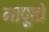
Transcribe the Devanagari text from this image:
मापूतो